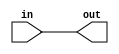
module sign_extend (in,out);
	parameter bits_in=0;  
	parameter bits_out=0;
	input [bits_in-1:0] in;
	output [bits_out-1:0] out;
	assign out = {{(bits_out-bits_in){in[bits_in-1]}},in};
endmodule